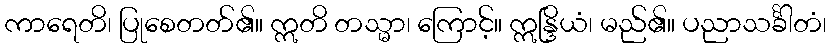
ကာရေတိ၊ ပြုစေတတ်၏။ ဣတိ တသ္မာ၊ ကြောင့်။ ဣန္ဒြိယံ၊ မည်၏။ ပညာသင်္ခါတံ၊